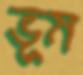
ভূম